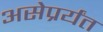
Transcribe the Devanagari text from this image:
असेप्रर्यंत